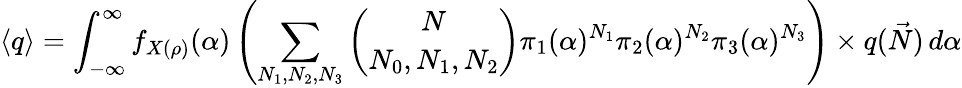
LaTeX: \langle q\rangle=\int_{-\infty}^{\infty}f_{X(\rho)}(\alpha)\left(\sum_{N_{1},N_{2},N_{3}}\binom{N}{N_{0},N_{1},N_{2}}{\pi}_{1}(\alpha)^{N_{1}}{\pi}_{2}(\alpha)^{N_{2}}{\pi}_{3}(\alpha)^{N_{3}}\right)\times q(\vec{N})\, d\alpha